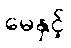
မေနှင့်